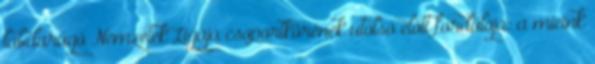
labdarúgó Nemzetek Ligája csoportkörének utolsó előtt fordulója: a mieink